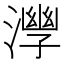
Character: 𣾧